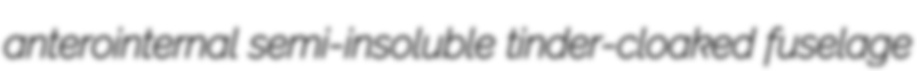
anterointernal semi-insoluble tinder-cloaked fuselage